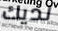
لديك